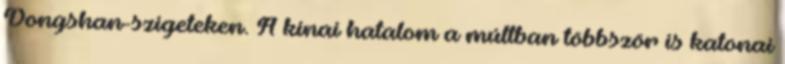
Dongshan-szigeteken. A kínai hatalom a múltban többször is katonai